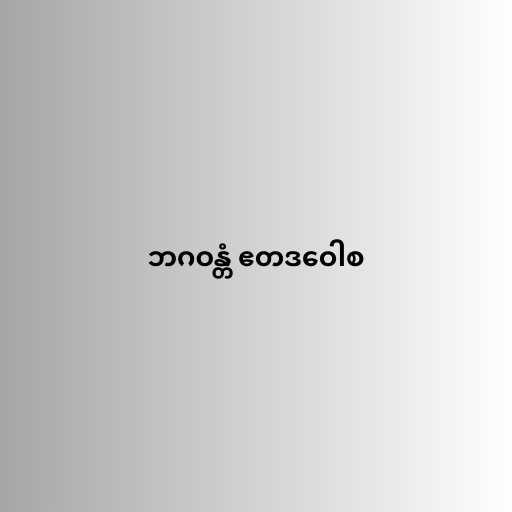
ဘဂဝန္တံ ဧတဒဝေါစ